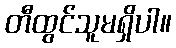
တီထွင်သူမရှိပါ။